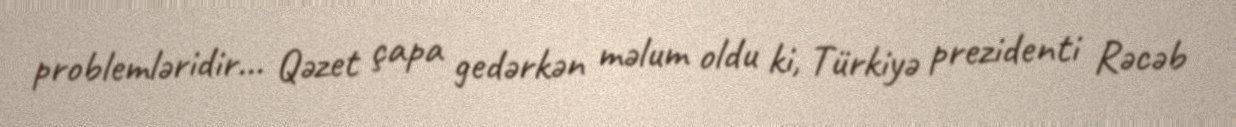
problemləridir... Qəzet çapa gedərkən məlum oldu ki, Türkiyə prezidenti Rəcəb